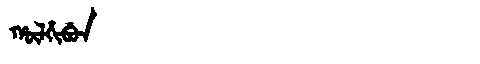
Manchu: ᡥᡡᠯᡥᡳᠪᡠᠨ
Romanization: HŪLHIBUN